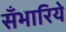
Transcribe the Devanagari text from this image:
सँभारिये